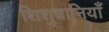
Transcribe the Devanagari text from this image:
शिशुधानियाँ